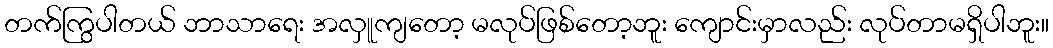
တက်ကြွပါတယ် ဘာသာရေး အလှူကျတော့ မလုပ်ဖြစ်တော့ဘူး ကျောင်းမှာလည်း လုပ်တာမရှိပါဘူး။